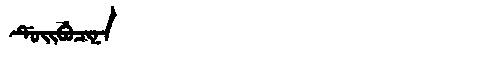
Manchu: ᡩᡠᡳᠪᡠᠴᡳᠨᠠ
Romanization: DUIBUCINA